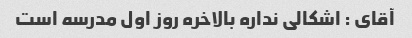
آقای : اشکالی نداره بالاخره روز اول مدرسه است